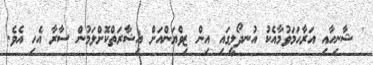
' ޝާނިހާއި އަރާހަމަވުމާއެކު އުނދޯލީގައި އިން ޒިވްޔަންއަށް އިޝާރަތްކޮށްލަމުން ސާރާ އެހި އެވެ.